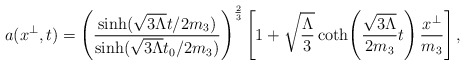
\begin{align*}a(x^\perp,t)=\left(\frac{\sinh(\sqrt{3\Lambda}t/2m_3)}{\sinh(\sqrt{3\Lambda}t_0/2m_3)}\right)^{\frac{2}{3}}\left[1+\sqrt{\frac{\Lambda}{3}}\coth\!\left(\frac{\sqrt{3\Lambda}}{2m_3}t\right)\frac{x^\perp}{m_3}\right],\end{align*}